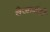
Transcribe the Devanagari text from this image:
वेजर्मनी